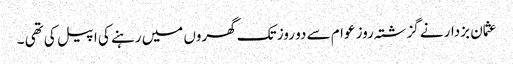
عثمان بزدار نے گزشتہ روز عوام سے دو روز تک گھروں میں رہنے کی اپیل کی تھی ۔